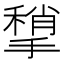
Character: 𢵥